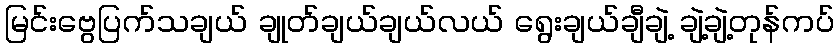
မြင်းဗွေပြက်သချယ် ချုတ်ချယ်ချယ်လယ် ရွေးချယ်ချီချဲ့ ချဲ့ချဲ့တုန်ကပ်